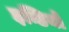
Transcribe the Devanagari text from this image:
इन्डियो